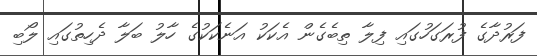
ފަރުދާގެ ފުރަގަހުގައި ފިލާ ތިބެގެން އެކަކު އަނެކަކުގެ ހާލު ބަލާ ދެހިތުގައި ލޯބި